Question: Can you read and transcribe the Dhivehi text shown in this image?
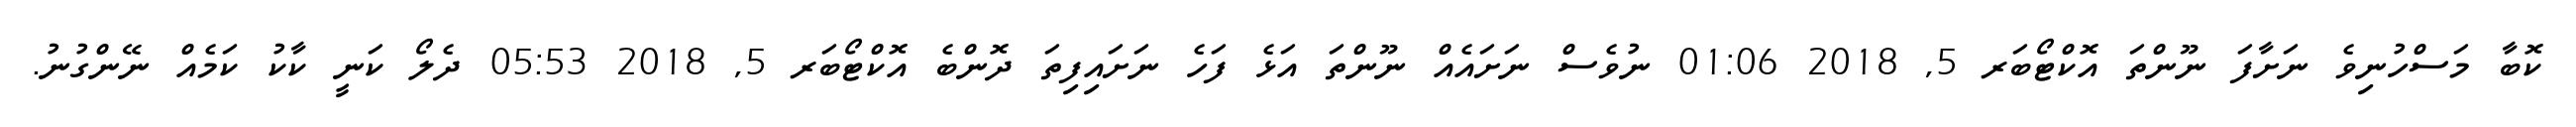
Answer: ކޮބާ މަސްހުނިވެ ނަށާފަ ނޫންތަ އޮކްޓޯބަރ 5, 2018 01:06 ނުވެސް ނަށައެއް ނޫންތަ އަޅެ ފަހެ ނަށައިފިތަ ދޮންބެ އޮކްޓޯބަރ 5, 2018 05:53 ދެލޯ ކަނީ ކާކު ކަމެއް ނޭންގުނު.